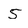
Character: 5